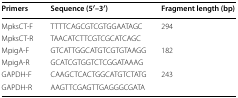
<table><thead><tr><td><b>Primers</b></td><td><b>Sequence (5′–3′)</b></td><td><b>Fragment length (bp)</b></td></tr></thead><tbody><tr><td>MpksCT-F</td><td>TTTTCAGCGTCGTGGAATAGC</td><td rowspan="2">294</td></tr><tr><td>MpksCT-R</td><td>TAACATCTTCGTCGCATCAGC</td></tr><tr><td>MpigA-F</td><td>GTCATTGGCATGTCGTGTAAGG</td><td rowspan="2">182</td></tr><tr><td>MpigA-R</td><td>GCATCGTGGTCTCGGATAAAG</td></tr><tr><td>GAPDH-F</td><td>CAAGCTCACTGGCATGTCTATG</td><td rowspan="2">243</td></tr><tr><td>GAPDH-R</td><td>AAGTTCGAGTTGAGGGCGATA</td></tr></tbody></table>